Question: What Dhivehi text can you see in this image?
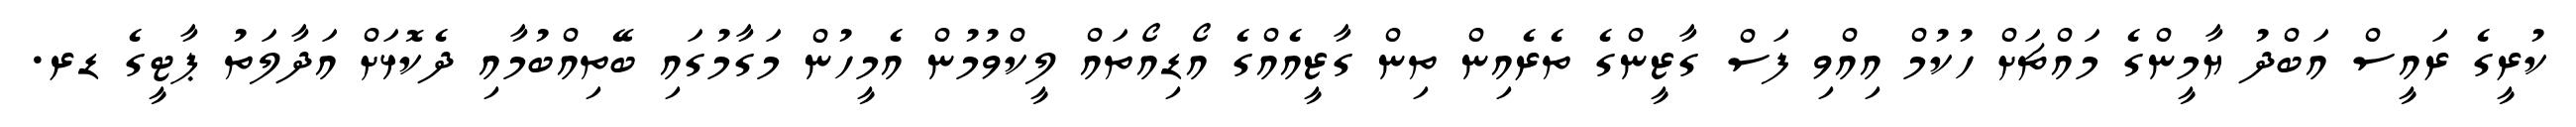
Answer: ކުރީގެ ރައީސް އަބްދު ޔާމީންގެ މައްޗަށް ހުކުމް އިއްވި ފަސް ގާޒީންގެ ތެރެއިން ތިން ގާޒީއެއްގެ އޯޑިއޯތައް ލީކްވުމުން އެމީހުން މަގާމުގައި ބޭތިއްބުމާއި ދެކޮޅަށް އަދާލަތު ޕާޓީގެ ޑރ.